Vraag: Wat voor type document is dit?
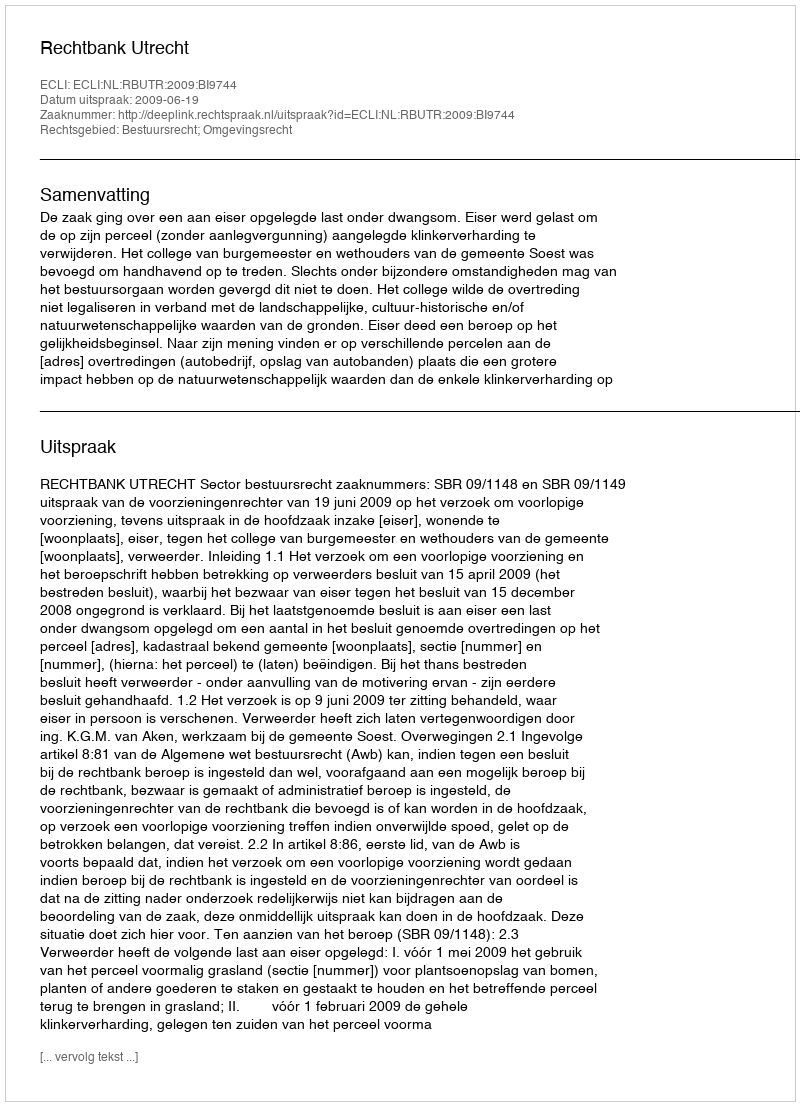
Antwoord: Uitspraak